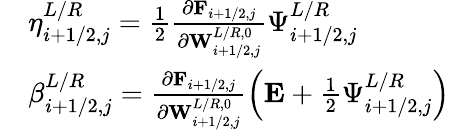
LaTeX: \begin{array}{rl}&{\eta_{i+1/2,j}^{L/R}=\frac{1}{2}\frac{\partial\mathbf{F}_{i+1/2,j}}{\partial\mathbf{W}_{i+1/2,j}^{L/R,0}}\Psi_{i+1/2,j}^{L/R}}\\ &{\beta_{i+1/2,j}^{L/R}=\frac{\partial\mathbf{F}_{i+1/2,j}}{\partial\mathbf{W}_{i+1/2,j}^{L/R,0}}\left(\mathbf{E}+\frac{1}{2}\Psi_{i+1/2,j}^{L/R}\right)}\end{array}